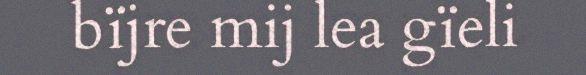
bïjre mij lea gïeli